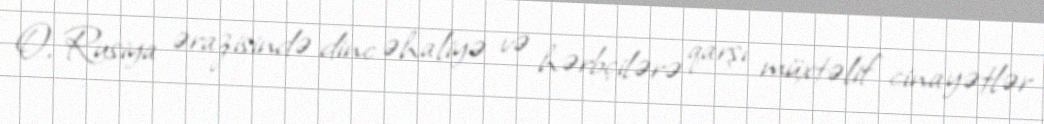
O, Rusiya ərazisində dinc əhaliyə və hərbçilərə qarşı müxtəlif cinayətlər